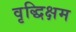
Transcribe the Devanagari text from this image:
वृद्धिक्षम